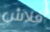
فلاش